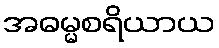
အဓမ္မစရိယာယ